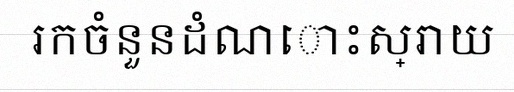
រកចំនួនដំណោះស្រាយ